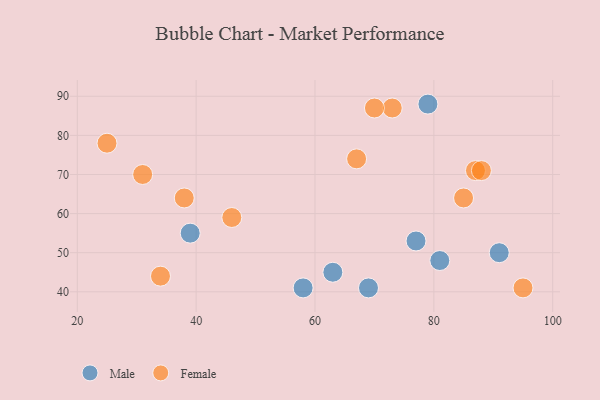
{"axis": {"x": "GDP", "y": "Life Expectancy"}, "legend": ["Female", "Male"], "data": [{"x": "79", "y": 88, "type": "Male"}, {"x": "77", "y": 53, "type": "Male"}, {"x": "58", "y": 41, "type": "Male"}, {"x": "63", "y": 45, "type": "Male"}, {"x": "91", "y": 50, "type": "Male"}, {"x": "39", "y": 55, "type": "Male"}, {"x": "81", "y": 48, "type": "Male"}, {"x": "69", "y": 41, "type": "Male"}, {"x": "34", "y": 44, "type": "Female"}, {"x": "46", "y": 59, "type": "Female"}, {"x": "31", "y": 70, "type": "Female"}, {"x": "87", "y": 71, "type": "Female"}, {"x": "88", "y": 71, "type": "Female"}, {"x": "95", "y": 41, "type": "Female"}, {"x": "73", "y": 87, "type": "Female"}, {"x": "67", "y": 74, "type": "Female"}, {"x": "25", "y": 78, "type": "Female"}, {"x": "85", "y": 64, "type": "Female"}, {"x": "38", "y": 64, "type": "Female"}, {"x": "70", "y": 87, "type": "Female"}]}